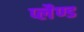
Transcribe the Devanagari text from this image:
प्लैण्ड